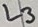
Text: L3